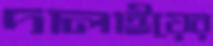
দালাইয়ের